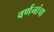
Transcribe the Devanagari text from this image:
वर्णनांचा